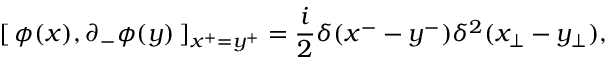
[ \, \phi ( x ) , \partial _ { - } \phi ( y ) \, ] _ { x ^ { + } = y ^ { + } } = \frac { i } { 2 } \delta ( x ^ { - } - y ^ { - } ) \delta ^ { 2 } ( x _ { \perp } - y _ { \perp } ) ,